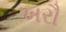
ખરૌ